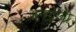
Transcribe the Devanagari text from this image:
अनग्रेजी